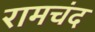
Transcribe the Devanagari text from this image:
रामचंद